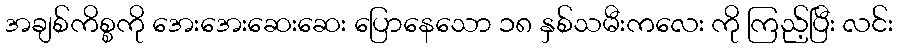
အချစ်ကိစ္စကို အေးအေးဆေးဆေး ပြောနေသော ၁၈ နှစ်သမီးကလေး ကို ကြည့်ပြီး လင်း